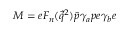
M = e F _ { n } ( \vec { q } ^ { 2 } ) \bar { p } \gamma _ { a } p e \gamma _ { b } e